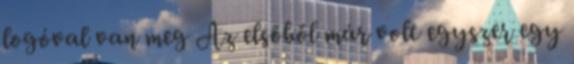
logóval van meg Az elsőből már volt egyszer egy